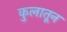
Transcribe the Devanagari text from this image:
कुलातून